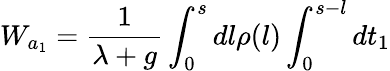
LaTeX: W_{a_{1}}=\frac{1}{\lambda+g}\int_{0}^{s}dl\rho(l)\int_{0}^{s-l}dt_{1}